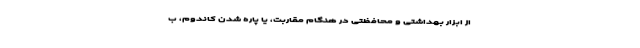
از ابزار بهداشتی و محافظتی در هنگام مقاربت، یا پاره شدن کاندوم، ب